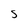
Character: S